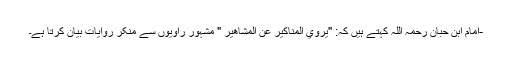
-امام ابن حبان رحمہ اللہ کہتے ہیں کہ: "يروي المناكير عن المشاهير " مشہور راویوں سے منکر روایات بیان کرتا ہے۔